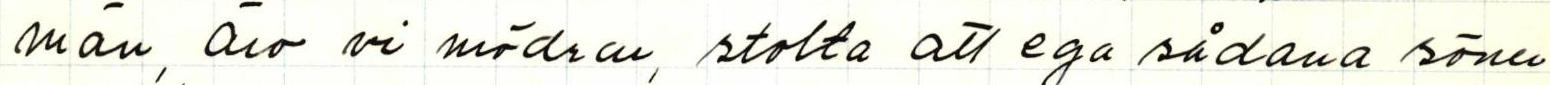
män, ära ni mödrar, stolte att ega sådana söner